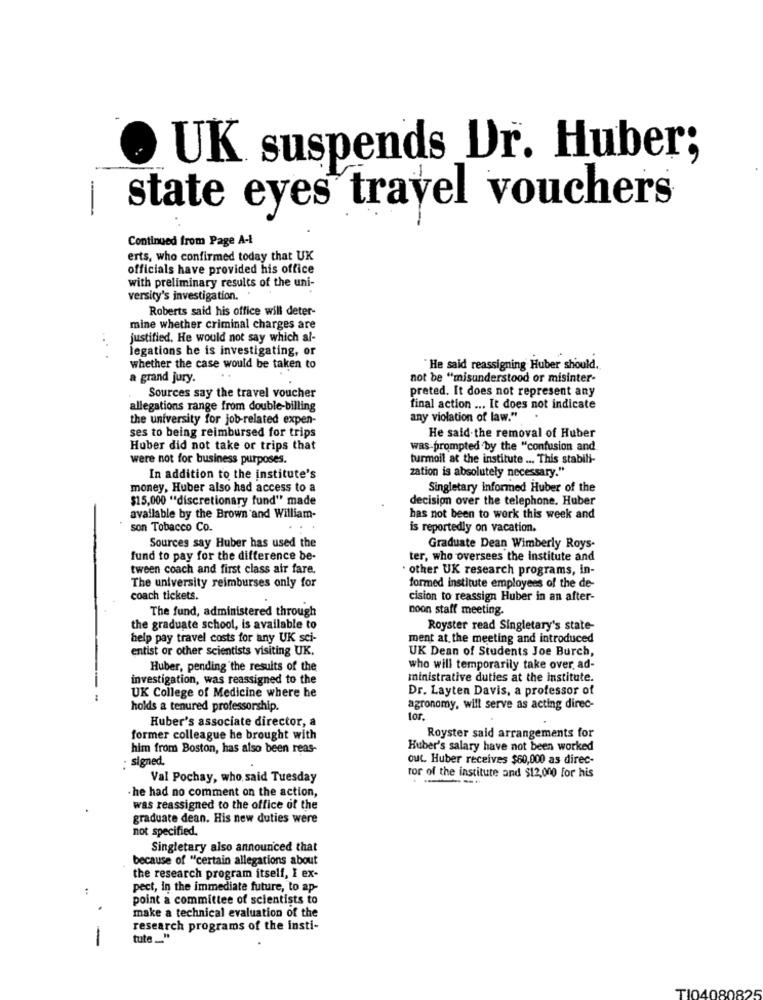
UK suspends Dr. Huber;
state eyes travel vouchers
1
Continued from Page A-I
erts, who confirmed today that UK
officials have provided his office
with preliminary results of the uni-
versity's investigation.
Roberts said his office will deter-
mine whether criminal charges are
justified. He would not say which al-
legations he is investigating, or
.. .
whether the case would be taken to
`He said reassigning Huber should.
a grand jury.
not be "misunderstood or misinter-
preted. It does not represent any
Sources say the travel voucher
allegations range from double-billing
final action ... It does not indicate
the university for job-related expen-
any violation of law."
ses to being reimbursed for trips
He said the removal of Huber
Huber did not take or trips that
was-prompted by the "confusion and
were not for business purposes.
turmoil at the institute ... This stabili-
In addition to the institute's
zation is absolutely necessary."
money, Huber also had access to a
Singletary Informed Huber of the
$15,000 "discretionary fund" made
decision over the telephone. Huber
available by the Brown and William-
has not been to work this week and
son Tobacco Co.
..
is reportedly on vacation.
Sources say Huber has used the
Graduate Dean Wimberly Roys-
fund to pay for the difference be-
ter, who oversees the institute and
tween coach and first class air fare.
· other UK research programs, in-
The university reimburses only for
formed institute employees of the de-
coach tickets.
cision to reassign Huber in an after-
The fund, administered through
noon staff meeting.
the graduate school, is available to
Royster read Singletary's state-
help pay travel costs for any UK sci-
ment at the meeting and introduced
entist or other scientists visiting UK.
UK Dean of Students Joe Burch,
Huber, pending the results of the
who will temporarily take over ad-
investigation, was reassigned to the
ministrative duties at the institute.
Dr. Layten Davis, a professor of
UK College of Medicine where he
holds a tenured professorship.
agronomy, will serve as acting direc-
Huber's associate director, a
lor.
former colleague he brought with
Royster said arrangements for
him from Boston, has also been reas-
Huber's salary have not been worked
: signed.
out. Huber receives $60,000 as direc-
Val Pochay, who said Tuesday
tor of the institute and $12,000 for his
- he had no comment on the action,
was reassigned to the office of the
graduate dean. His new duties were
not specified.
Singletary also announced that
because of "certain allegations about
the research program itself, I ex-
pect, In the immediate future, to ap-
point a committee of scientists to
make a technical evaluation of the
research programs of the insti-
-
tute __. "
TI04080825